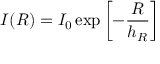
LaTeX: I ( R ) = I _ { 0 } \exp \left[ { - { \frac { R } { h _ { R } } } } \right]